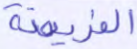
الفريضة